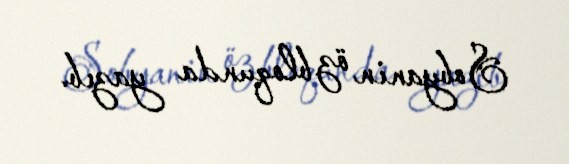
Sobyanin öz bloqunda yazıb.